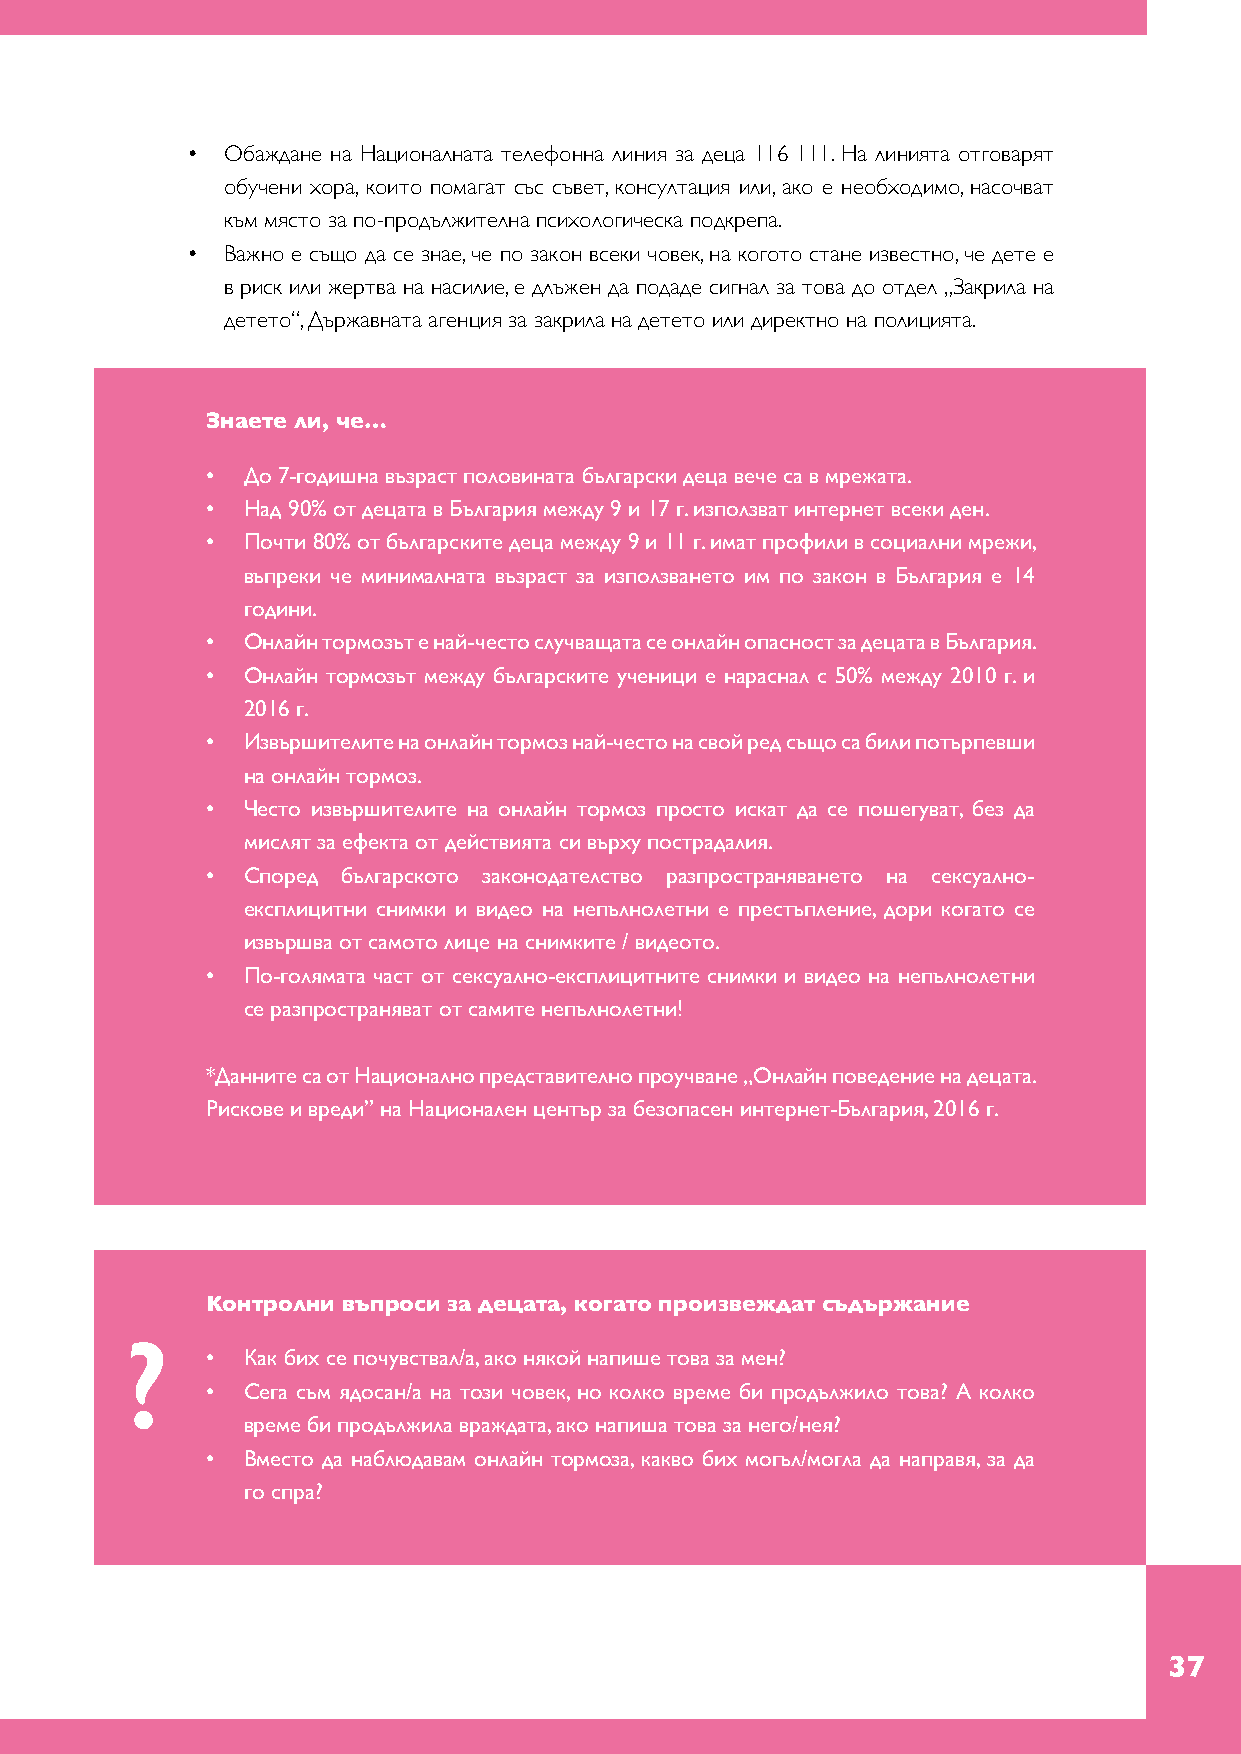
•  Обаждане на Националната телефонна линия за деца 116 111. На линията отговарят
 обучени хора, които помагат със съвет, консултация или, ако е необходимо, насочват
 към място за по-продължителна психологическа подкрепа.
 •  Важно е също да се знае, че по закон всеки човек, на когото стане известно, че дете е
 в риск или жертва на насилие, е длъжен да подаде сигнал за това до отдел „Закрила на
 детето“, Държавната агенция за закрила на детето или директно на полицията.
 Знаете ли, че…
 • До 7-годишна възраст половината български деца вече са в мрежата.
 • Над 90% от децата в България между 9 и 17 г. използват интернет всеки ден.
 • Почти 80% от българските деца между 9 и 11 г. имат профили в социални мрежи,
 въпреки че минималната възраст за използването им по закон в България е 14
 години.
 • Онлайн тормозът е най-често случващата се онлайн опасност за децата в България.
 • Онлайн тормозът между българските ученици е нараснал с 50% между 2010 г. и
 2016 г.
 • Извършителите на онлайн тормоз най-често на свой ред също са били потърпевши
 на онлайн тормоз.
 • Често извършителите на онлайн тормоз просто искат да се пошегуват, без да
 мислят за ефекта от действията си върху пострадалия.
 • Според българското законодателство разпространяването на сексуално-
 експлицитни снимки и видео на непълнолетни е престъпление, дори когато се
 извършва от самото лице на снимките / видеото.
 • По-голямата част от сексуално-експлицитните снимки и видео на непълнолетни
 се разпространяват от самите непълнолетни!
 *Данните са от Национално представително проучване „Онлайн поведение на децата.
 Рискове и вреди” на Национален център за безопасен интернет-България, 2016 г.
 Контролни въпроси за децата, когато произвеждат съдържание
 ?
 • Как бих се почувствал/а, ако някой напише това за мен?
 • Сега съм ядосан/а на този човек, но колко време би продължило това? А колко
 време би продължила враждата, ако напиша това за него/нея?
 • Вместо да наблюдавам онлайн тормоза, какво бих могъл/могла да направя, за да
 го спра?
 37